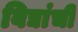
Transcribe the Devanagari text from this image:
विद्यांची